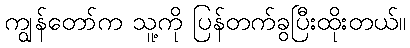
ကျွန်တော်က သူ့ကို ပြန်တက်ခွပြီးထိုးတယ်။